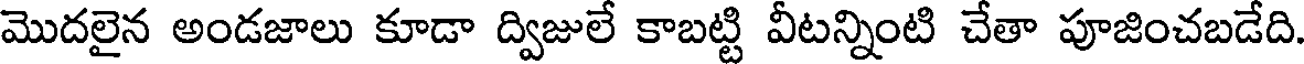
మొదలైన అండజాలు కూడా ద్విజులే కాబట్టి వీటన్నింటి చేతా పూజించబడేది